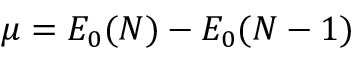
\mu = E _ { 0 } ( N ) - E _ { 0 } ( N - 1 )